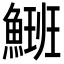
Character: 𩺡